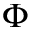
\Phi